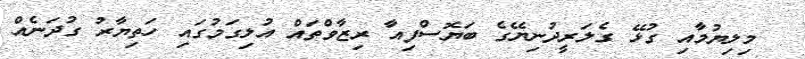
މިލިޔުމާއި ގުޅޭ ގެލަރީދުނިޔޭގެ ބަޔޮސްފިއާ ރިޒާވްތައް އުލިގަމުގައި ހަތިޔާރު ގުދަނެއް